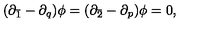
( \partial _ { \bar { 1 } } - \partial _ { q } ) \phi = ( \partial _ { \bar { 2 } } - \partial _ { p } ) \phi = 0 ,